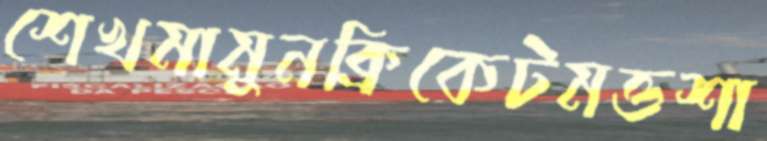
শেখমামুনক্রিকেটমত্তশা